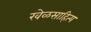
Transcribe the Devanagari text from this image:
खेळसाहित्य